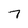
Character: 7